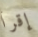
إقرأ